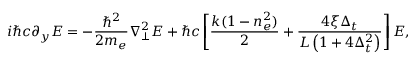
i \hbar c \partial _ { y } E = - \frac { \hbar ^ { 2 } } { 2 m _ { e } } \nabla _ { \perp } ^ { 2 } E + \hbar c \left[ \frac { k ( 1 - n _ { e } ^ { 2 } ) } { 2 } + \frac { 4 \xi \Delta _ { t } } { L \left( 1 + 4 \Delta _ { t } ^ { 2 } \right) } \right] E ,